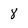
Character: 8